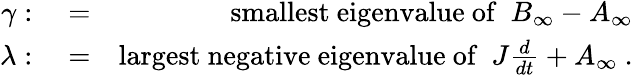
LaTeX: \begin{array}{rlr}{\gamma:}&{{}=}&{\mathrm{smallest\ eigenvalue\ of}\ \ B_{\infty}-A_{\infty}}\\ {\lambda:}&{{}=}&{\mathrm{largest\ negative\ eigenvalue\ of}\ \ J\frac{d}{dt}+A_{\infty}\ .}\end{array}